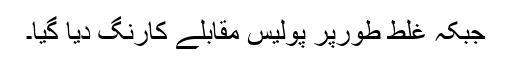
جبکہ غلط طورپر پولیس مقابلے کارنگ دیا گیا۔